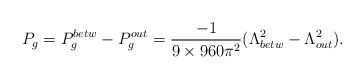
\begin{align*}P_{g}=P^{betw}_{g}-P^{out}_{g}=\frac{-1}{9\times 960\pi^{2}} (\Lambda_{betw}^{2}-\Lambda_{out}^{2}).\end{align*}